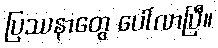
ပြဿနာတွေ ပေါ်လာပြီ။